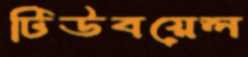
টিউবয়েল